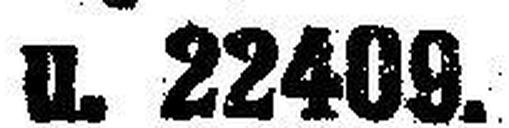
u. 22409.